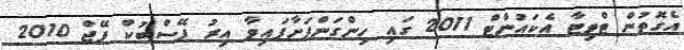
އެގޮތުން ޓްވިޓާ އެކައުންޓް 2011 ގައި ހިންގަންފަށާފައިވާ އިރު ފޭސްބުކް ޕޭޖް 2010